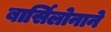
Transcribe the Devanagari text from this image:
बार्सिलोनाने